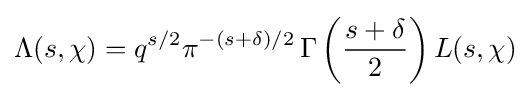
\Lambda (s,\chi )=q^{s/2}\pi ^{-(s+\delta )/2}\operatorname {\Gamma } \left({\frac {s+\delta }{2}}\right)L(s,\chi )